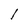
Character: l